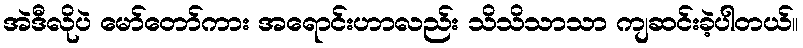
အဲဒီလိုပဲ မော်တော်ကား အရောင်းဟာလည်း သိသိသာသာ ကျဆင်းခဲ့ပါတယ်။